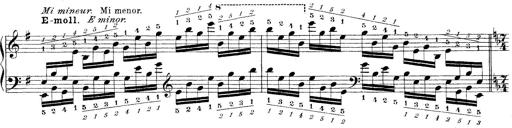
Title: Technische Studien
Composer: Franz Liszt